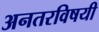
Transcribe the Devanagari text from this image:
अनतरविषयी